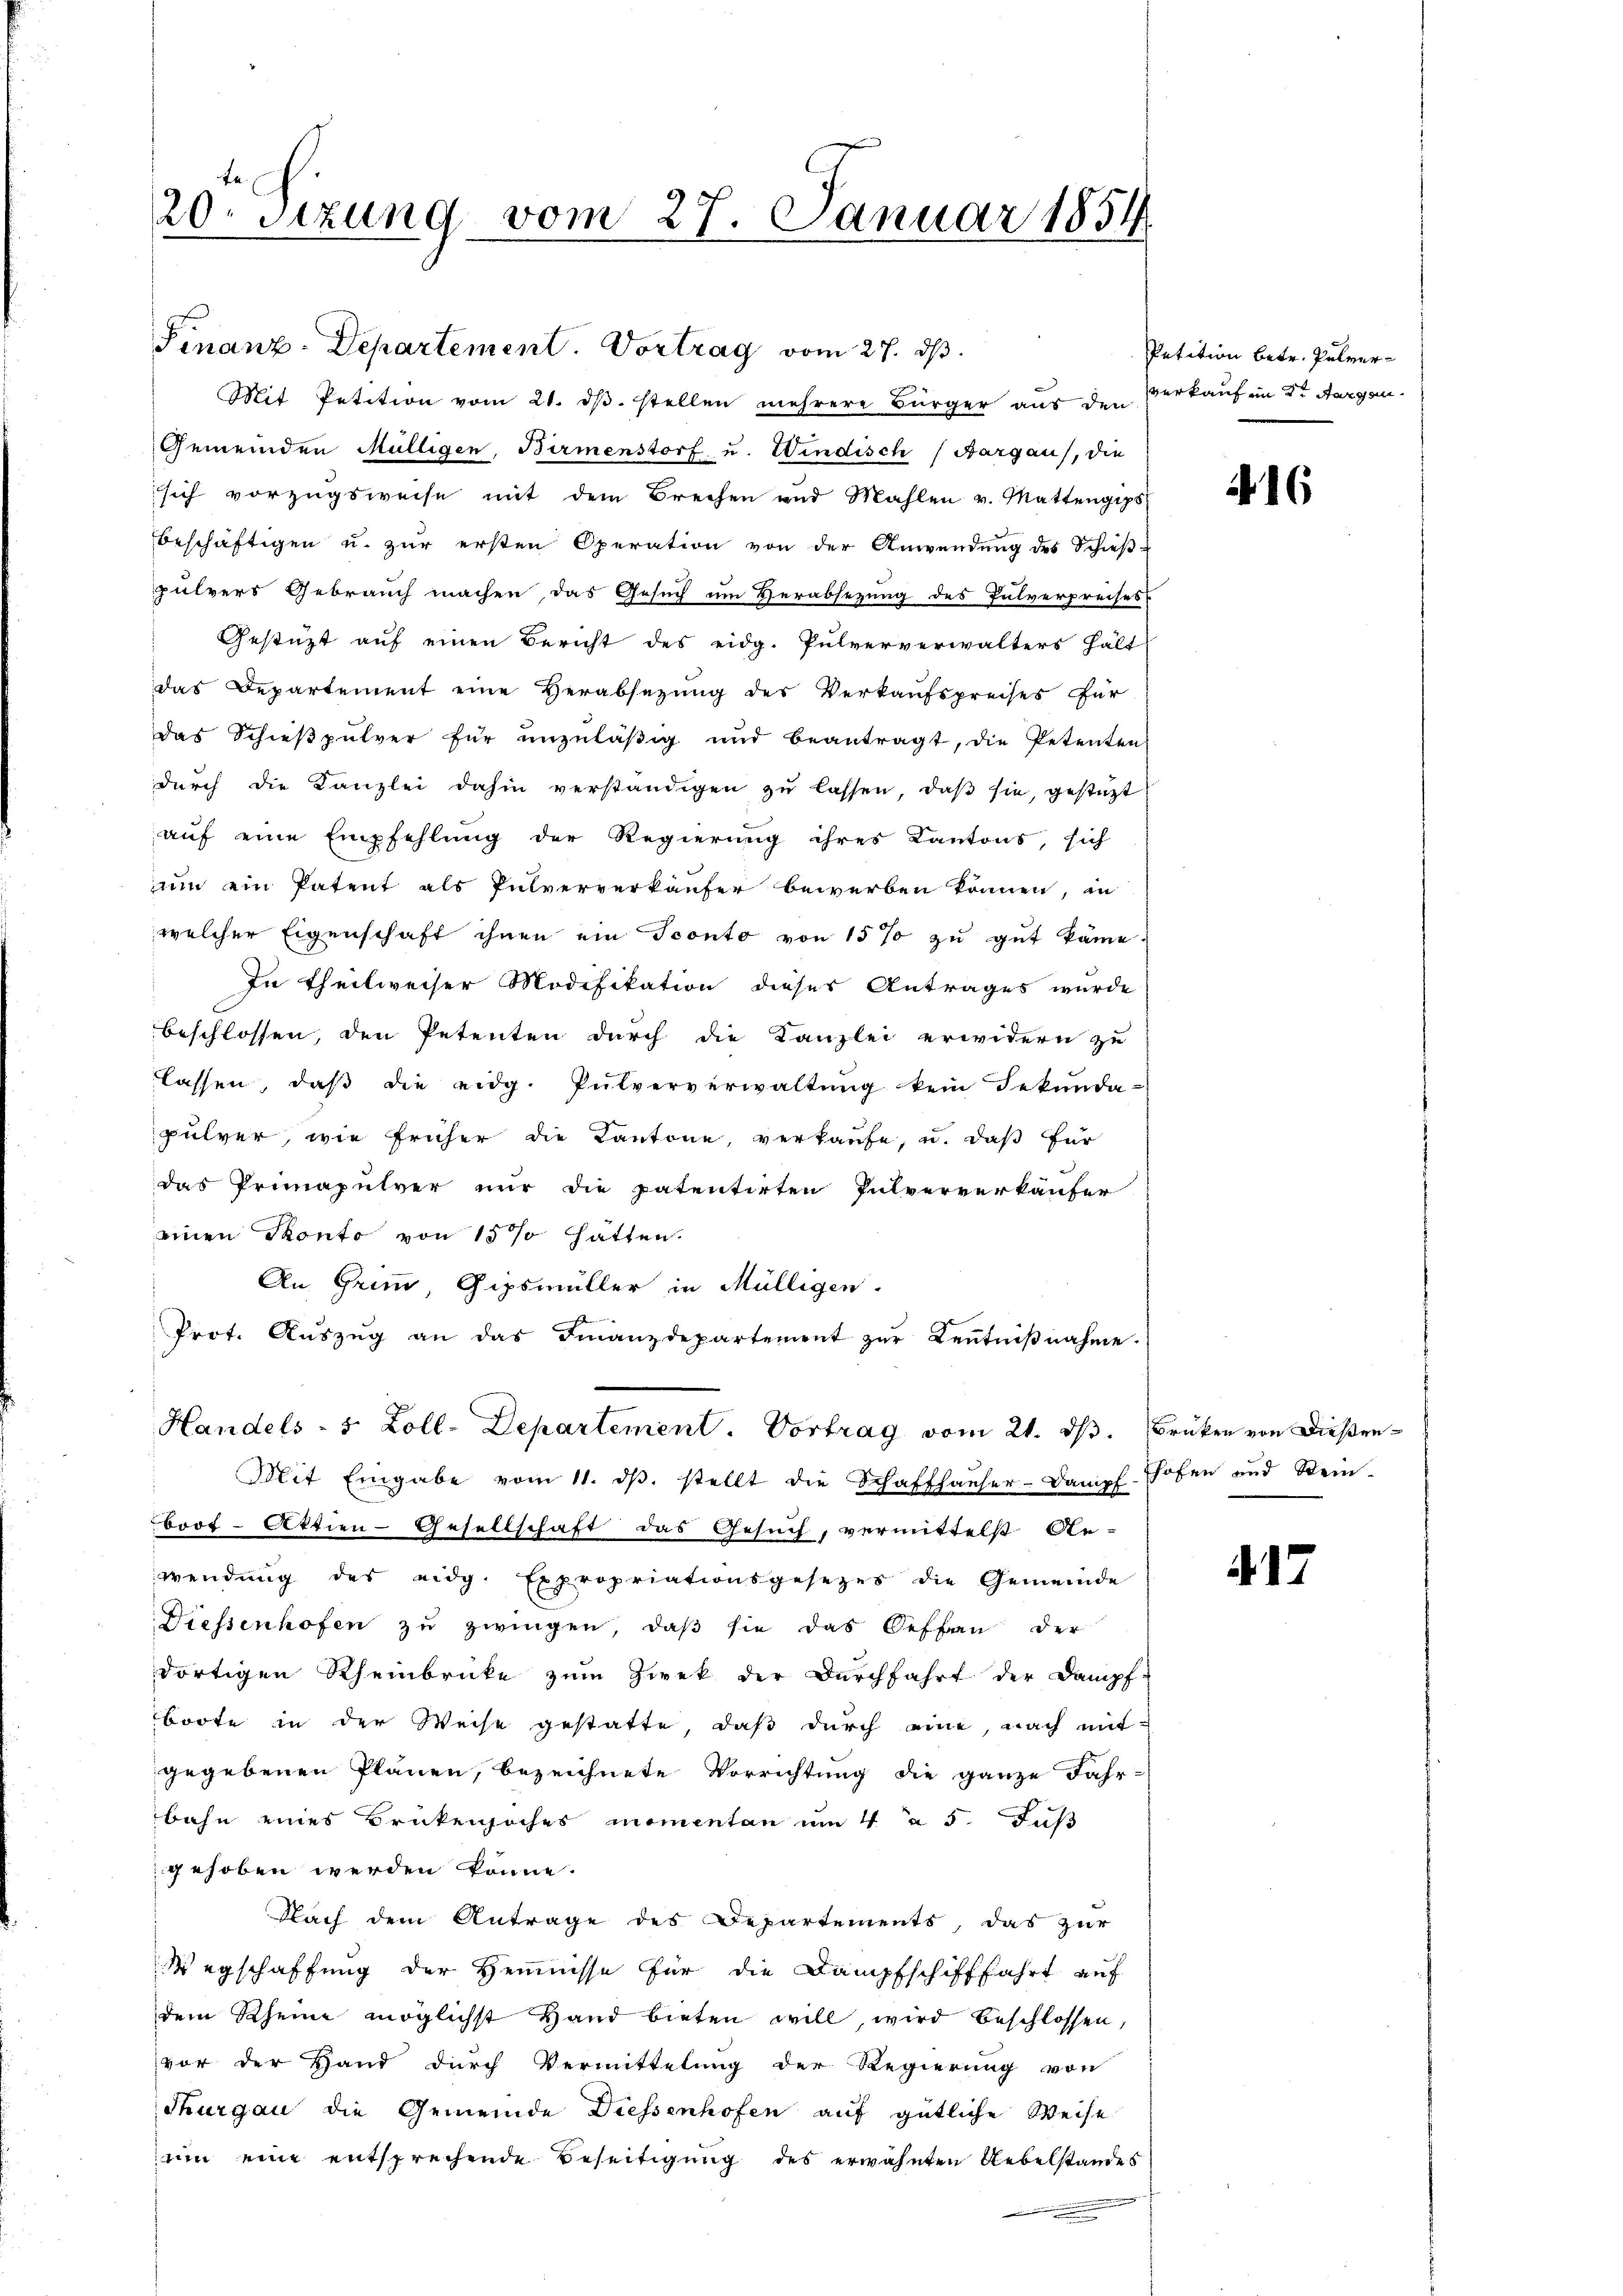
20. Sitzung vom 27. Januar 1854.

Finanz-Departement. Vortrag vom 27. ds.
Mit Petition vom 21. dβ. stellen mehrere Bürger aus den Verkaufen dr Aargau
Gemeinden Mülligen, Birmenstorf u. Windisch (Aargau, die
sich vorzugsweise mit dem Brechen und Mahlen v. Mattengips
beschäftigen u. zur ersten Operation von der Anwendung des Schieß-
pulvers Gebrauch machen das Gesuch um Herabsezung des Pulverpreises
Gestützt aŭf einen Bericht des eidg. Pulververwalters hält-
das Departement eine Herabsezung des Verkaufspreises für
das Schieβpŭlver für unzuläβig und beantragt, die Petenten
dŭrch die Kanzlei dahin verständigen zŭ lassen, daβ sie, gestützt
auf eine Empfehlung der Regierung ihres Kantons, sich
uin ein Patent als Pulververkäufer bewerben können, in
welcher Eigenschaft ihnen ein Sconto von 15 % zu gut käme.
In Theilweiser Modifikation dieser Antrages wurde
beschlossen, den Petenten durch die Kanzlei erwidern zu
lassen, daß die eidg. Pulververwaltung kein Sekunda-
pulver, wie früher die Kantone, verkaufe, u. daß für
das Primapulver nur die patentirten Pulververkäufer
einen Ponto von 15 % hätten.
An Grund, Gipsmüller in Mülligen.
Prot. Aŭszŭg an das Finanzdepartement zŭr Keṅtniβnahme.
Handels- 5 Zoll-Departement. Vortrag vom 21. dβ. Brüken von Diesen¬
" Mit Eingabe vom 11. dβ. stellt die Schaffhauser-Dampf hofen und Stein-
boot-Aktien-Gesellschaft das Gesuch, vermittelst An-
wendŭng des eidg. Expropriationsgesezes die Gemeinde
Diessenhofen zŭ zwingen, daβ sie das Oeffen der
dortigen Rheinbrücke zŭm Zwek der Dŭrchfahrt der Dampf-
boote in der Weise gestatte, daß durch eine, nach mit-
gegebenen Plänen, bezeichnete Vorrichtung die ganze Jahr-
bahn eines Brükensaches momentan um 4 à 5. Fuß
gehoben werden könne.
Nach dem Antrage des Departements, das zur
Wegschaffung der Heimnisse für die Dampfschifffahrt auf
dem Rheine möglichst Hand bieten will, wird beschlossen,
vor der Hand durch Vermittelung der Regierung von
Thurgau die Gemeinde Diessenhofen auf gütliche Weise
um eine entsprechende Beseitigung des erwähnten Uebelstandes

Petition betr. Pulver¬

416

417